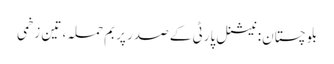
بلوچستان: نیشنل پارٹی کے صدر پر بم حملہ، تین زخمی